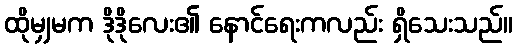
ထိုမျှမက ဒိုဒိုလေး၏ နောင်ရေးကလည်း ရှိသေးသည်။